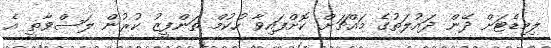
ލިމިޑެޓަށް ދޭން ދައުލަތުގެ މައްޗަށް ކޮށްފައިވާ ހުކުމް ތަންފީޒު ކުރުން ލަަސްވާތީ އެ